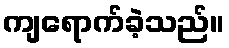
ကျရောက်ခဲ့သည်။